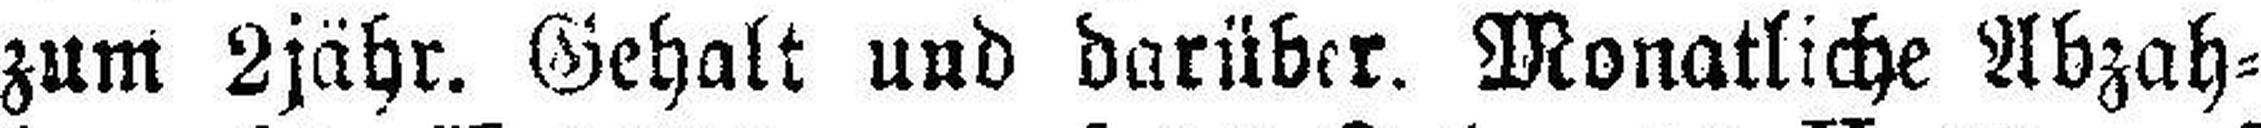
zum 2jähr. Gehalt und darüber. Monatliche Abzah¬